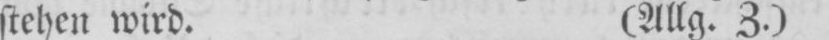
stehen wird. (Allg. Z.)